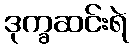
ဒုက္ခဆင်းရဲ